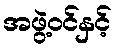
အဖွဲ့ဝင်နှင့်